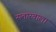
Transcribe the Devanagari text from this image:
सतारवाला